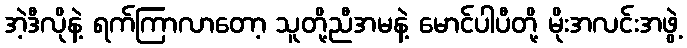
အဲ့ဒီလိုနဲ့ ရက်ကြာလာတော့ သူတို့ညီအမနဲ့ မောင်ပါပီတို့ မိုးအလင်းအဖွဲ့